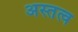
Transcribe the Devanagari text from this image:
अस्तत्व